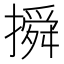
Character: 𰔦